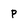
Character: P